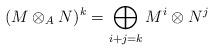
LaTeX: \begin{align*}(M\otimes_{A} N)^{k}=\bigoplus_{i+j=k}M^{i}\otimes N^{j}\end{align*}